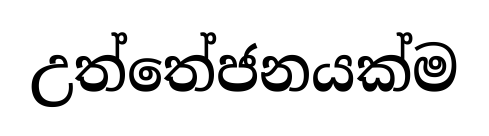
උත්තේජනයක්ම